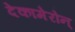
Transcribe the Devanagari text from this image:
देकामेरोन्